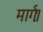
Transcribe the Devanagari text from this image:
मार्गः।